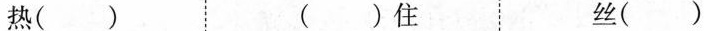
热() ()住 丝()